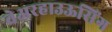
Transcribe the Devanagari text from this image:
वेअरहाउऊसिंग